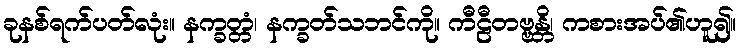
ခုနစ်ရက်ပတ်လုံး။ နက္ခတ္တံ၊ နက္ခတ်သဘင်ကို။ ကီဠီတဗ္ဗန္တိ၊ ကစားအပ်၏ဟူ၍။